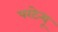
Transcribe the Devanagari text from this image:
परटेन्यू